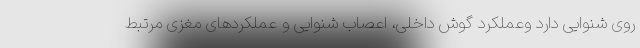
روی شنوایی دارد وعملکرد گوش داخلی، اعصاب شنوایی و عملکردهای مغزی مرتبط